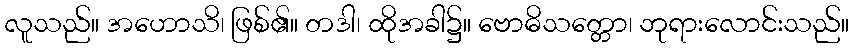
လူသည်။ အဟောသိ၊ ဖြစ်၏။ တဒါ၊ ထိုအခါ၌။ ဗောဓိသတ္တော၊ ဘုရားလောင်းသည်။